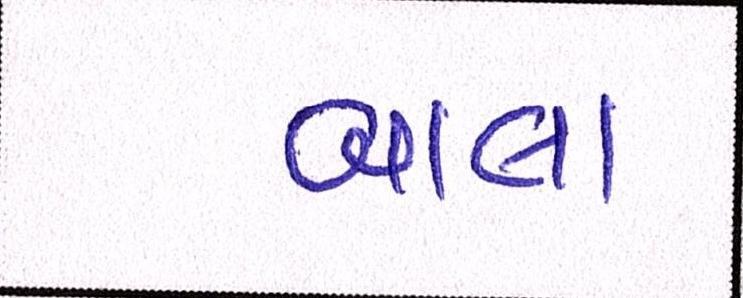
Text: બાલા